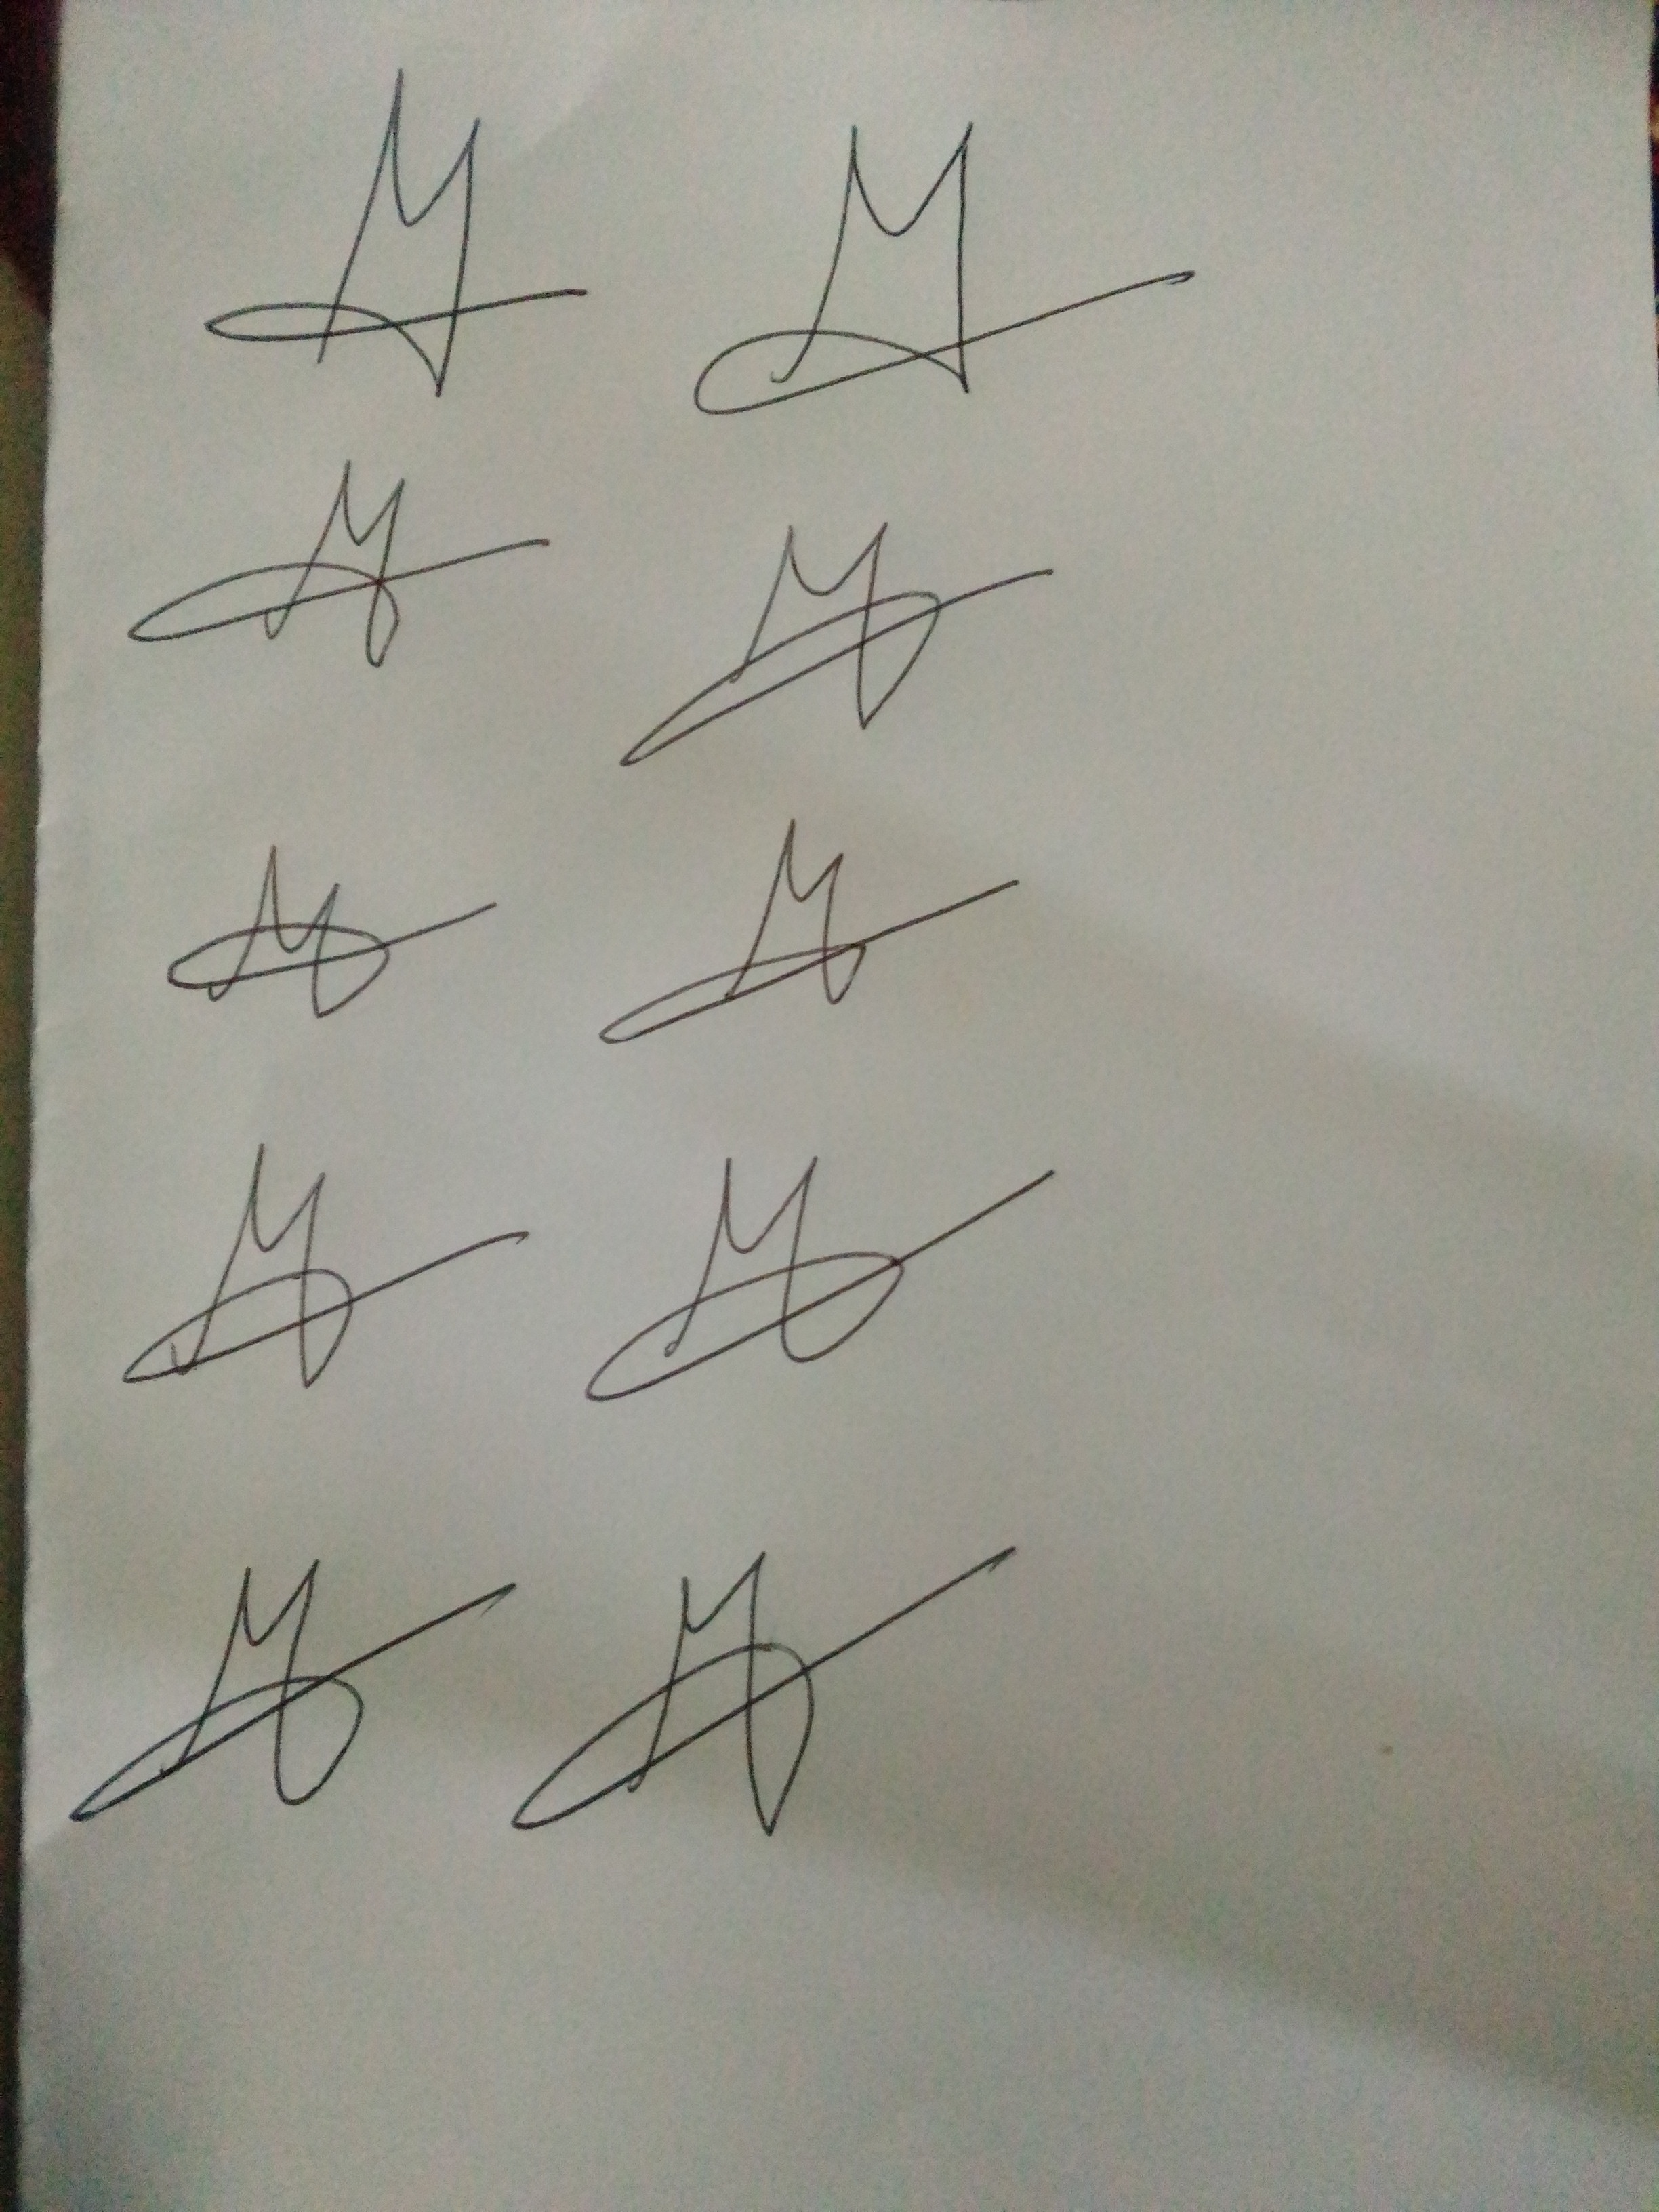
Signature authenticity: genuine